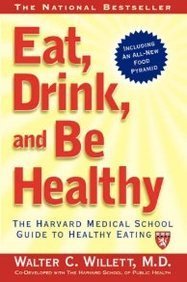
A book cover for EAT, DRINK, AND BE HEALTHY: The Harvard Medical School Guide to Healthy Eating; Walter C. Willett; Education & Teaching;